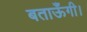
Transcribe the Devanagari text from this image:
बताऊँगी।